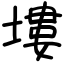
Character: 塿